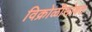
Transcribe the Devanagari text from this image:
विक्रोळीसोबत